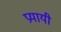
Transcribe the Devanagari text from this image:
प्रयायी